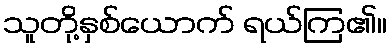
သူတို့နှစ်ယောက် ရယ်ကြ၏။